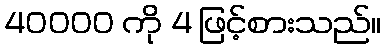
40000 ကို 4 ဖြင့်စားသည်။